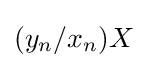
(y_{n}/x_{n})X